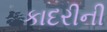
કાદરીની